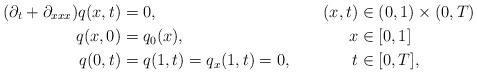
LaTeX: \begin{align*}(\partial_t+\partial_{xxx})q(x,t) &= 0, & (x,t) &\in (0,1)\times(0,T) \\q(x,0) &= q_0(x), & x &\in [0,1] \\q(0,t) &= q(1,t) = q_x(1,t) = 0, & t &\in [0,T],\end{align*}